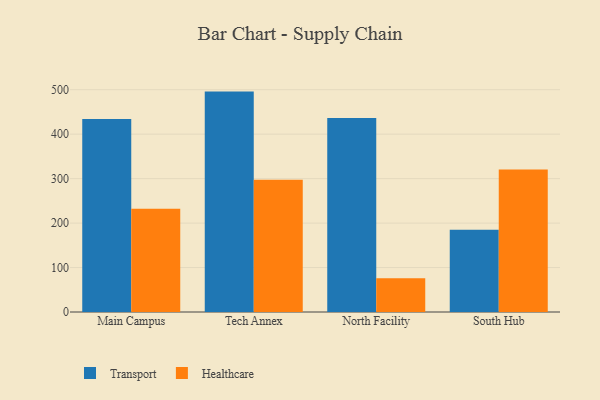
{"axis": {"x": "Campus", "y": "Budget (USD K)"}, "legend": ["Healthcare", "Transport"], "data": [{"x": "Main Campus", "y": 433.9, "type": "Transport"}, {"x": "Main Campus", "y": 232.0, "type": "Healthcare"}, {"x": "Tech Annex", "y": 495.7, "type": "Transport"}, {"x": "Tech Annex", "y": 297.2, "type": "Healthcare"}, {"x": "North Facility", "y": 436.2, "type": "Transport"}, {"x": "North Facility", "y": 76.0, "type": "Healthcare"}, {"x": "South Hub", "y": 185.1, "type": "Transport"}, {"x": "South Hub", "y": 320.3, "type": "Healthcare"}]}